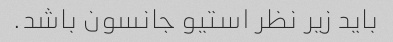
باید زیر نظر استیو جانسون باشد.